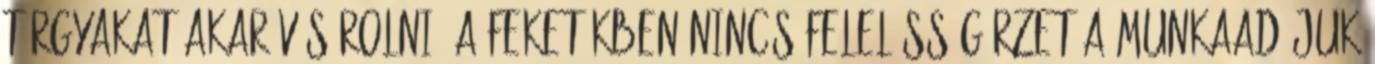
tárgyakat akar vásárolni. A feketékben nincs felelősségérzet a munkaadójuk